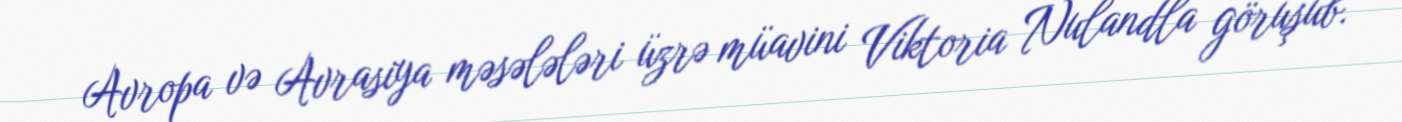
Avropa və Avrasiya məsələləri üzrə müavini Viktoria Nulandla görüşüb.